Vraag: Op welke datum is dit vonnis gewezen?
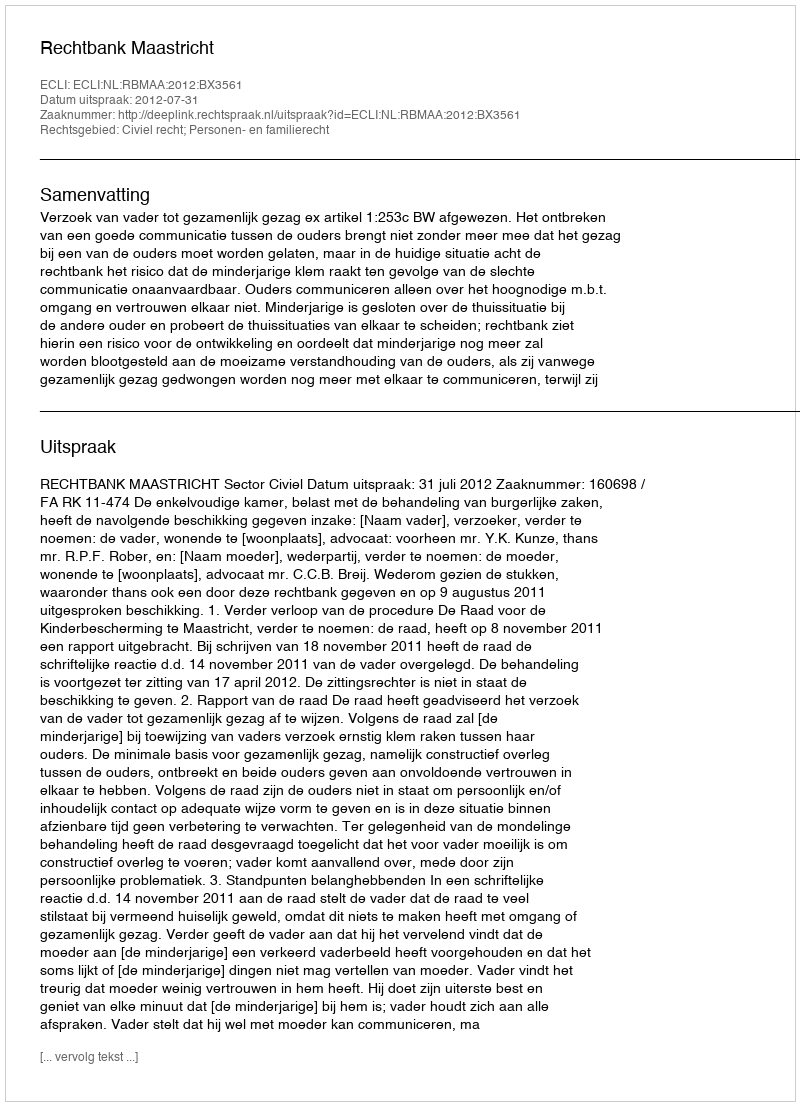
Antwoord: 2012-07-31